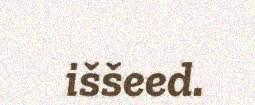
iššeed.